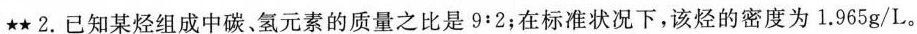
★★2.已知某烃组成中碳、氢元素的质量之比是$$9:2$$；在标准状况下，该烃的密度为1.965g/L。